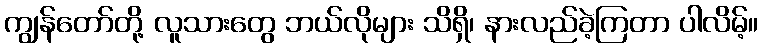
ကျွန်တော်တို့ လူသားတွေ ဘယ်လိုများ သိရှိ၊ နားလည်ခဲ့ကြတာ ပါလိမ့်။